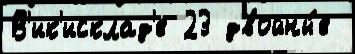
В'ик'исклад'е 23 двойны́е